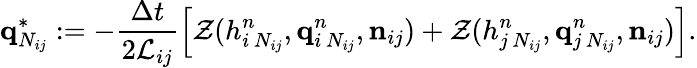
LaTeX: \mathbf{q}_{N_{ij}}^{\ast}:=-\frac{\Delta t}{2\mathcal{L}_{ij}}\left[\mathcal{Z}(h_{i\, N_{ij}}^{n},\mathbf{q}_{i\, N_{ij}}^{n},\mathbf{n}_{ij})+\mathcal{Z}(h_{j\, N_{ij}}^{n},\mathbf{q}_{j\, N_{ij}}^{n},\mathbf{n}_{ij})\right].